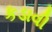
કડાવી